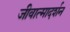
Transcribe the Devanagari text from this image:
जीवात्मादर्शन